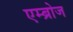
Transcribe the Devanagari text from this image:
एम्ब्रोज